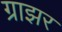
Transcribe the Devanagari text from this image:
ग्राझर